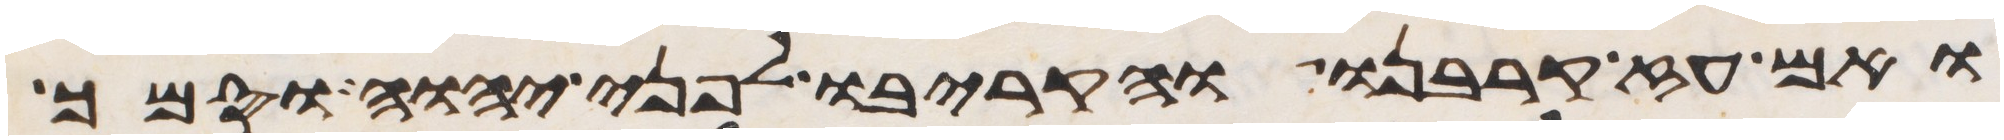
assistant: ואם עז קרבנו והקריבו לפני יהוה וסמך